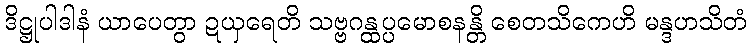
ဒိဋ္ဌုပါဒါနံ ယာပေတွာ ဍယှရေတိ သဗ္ဗဂန္ထပ္ပမောစနန္တိ စေတသိကေဟိ မန္ဒဟသိတံ